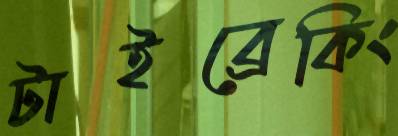
টাইব্রেকিং